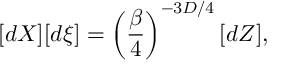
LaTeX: [ d X ] [ d \xi ] = \left( \frac { \beta } { 4 } \right) ^ { - 3 D / 4 } [ d Z ] ,